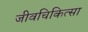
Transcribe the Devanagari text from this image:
जीवचिकित्सा